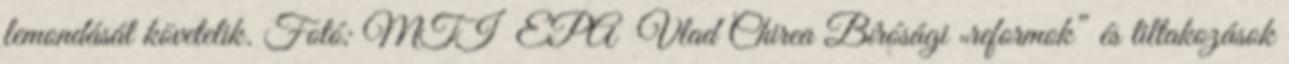
lemondását követelik. Fotó: MTI EPA Vlad Chirea Bírósági „reformok” és tiltakozások